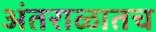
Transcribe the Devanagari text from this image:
अंतराळातच